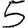
Digit: 5